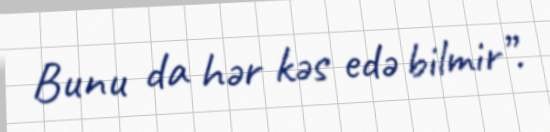
Bunu da hər kəs edə bilmir”.